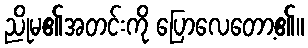
ညိုမ၏အတင်းကို ပြောလေတော့၏။